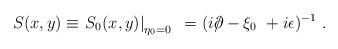
LaTeX: \begin{align*}S (x,y) \equiv \left. S_0 (x,y) \right|_{ \eta_0 = 0 } ~ = (i {\rlap/ \partial} - \xi_0 ~ + i \epsilon )^{-1}~. \end{align*}